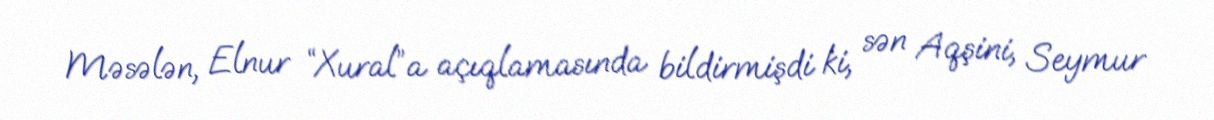
Məsələn, Elnur “Xural”a açıqlamasında bildirmişdi ki, sən Aqşini, Seymur